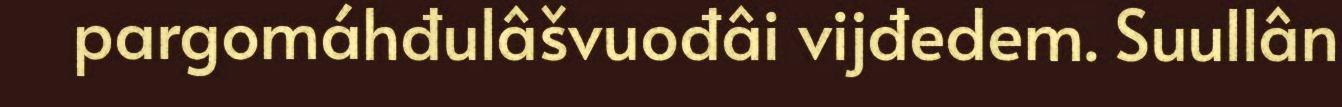
pargomáhđulâšvuođâi vijđedem. Suullân